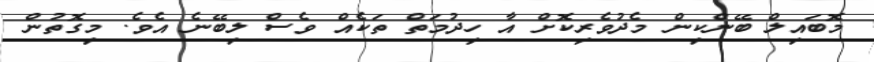
މޮބައިލް ބޭންކިން މެދުވެރިކޮށް އާ ހިދުމަތް ތަކެއް ވެސް ލިބޭނެ އެވެ. މިގޮތުން